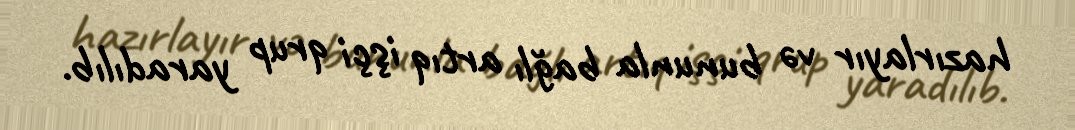
hazırlayır və bununla bağlı artıq işçi qrup yaradılıb.